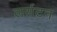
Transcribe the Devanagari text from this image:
लर्सटन